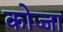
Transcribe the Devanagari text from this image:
कोज्जा